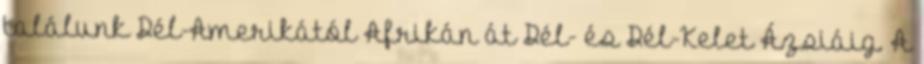
találunk Dél-Amerikától Afrikán át Dél- és Dél-Kelet Ázsiáig. A